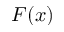
F ( x )